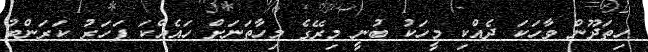
ހިތަދޫން ވާހަކަ ދެއްކި މީހަކު ބުނީ މިރޭގެ މިހާތަނަށް ހައެއްކަ ފަހަރު ކަރަންޓު